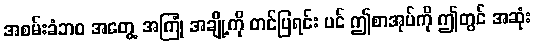
အစမ်းခံဘဝ အတွေ့ အကြုံ အချို့ကို တင်ပြရင်း ပင် ဤစာအုပ်ကို ဤတွင် အဆုံး